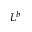
L ^ { b }